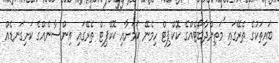
ބައިތަކުގެ ތެރޭގައި 'މަތިންދާބޯޓެއްގެ ކޮކްޕިޓް ހިމެނޭ ކަމަށާއި ކޮކްޕިޓް ތެރޭގައި އިންސާނެއްގެ ކަށިގަނޑެއް